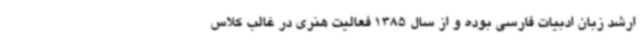
ارشد زبان ادبیات فارسی بوده و از سال 1385 فعالیت هنری در غالب کلاس